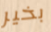
بخير